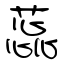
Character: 蕊